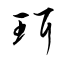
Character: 珥